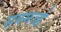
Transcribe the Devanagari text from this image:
सममर्ज्ड